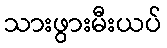
သားဖွားမီးယပ်